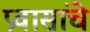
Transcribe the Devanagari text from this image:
प्रवासांचे